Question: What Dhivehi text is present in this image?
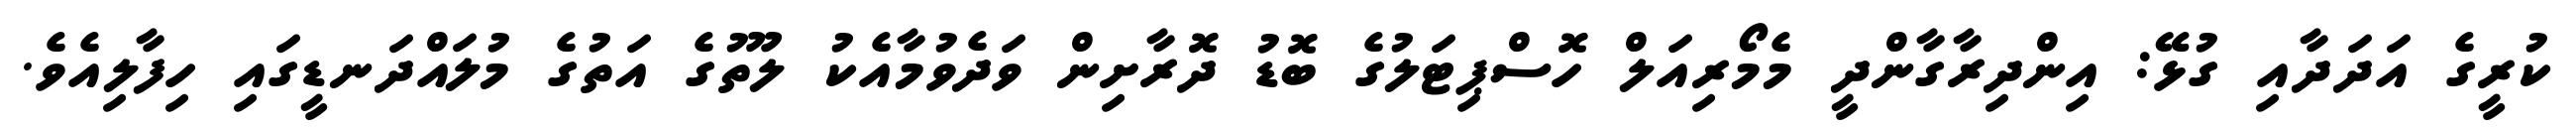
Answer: ކުރީގެ އަދަދާއި ގުޅޭ: އިންދިރާގާންދީ މެމޯރިއަލް ހޮސްޕިޓަލުގެ ބޮޑު ދޮރާށިން ވަދެވުމާއެކު ލޫތުގެ އަތުގެ މުލައްދަނޑީގައި ހިފާލިއެވެ.